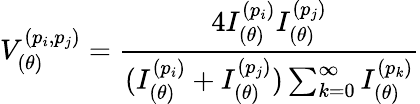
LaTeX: V_{(\theta)}^{(p_{i},p_{j})}=\frac{4I_{(\theta)}^{(p_{i})}I_{(\theta)}^{(p_{j})}}{(I_{(\theta)}^{(p_{i})}+I_{(\theta)}^{(p_{j})})\sum_{k=0}^{\infty}I_{(\theta)}^{(p_{k})}}